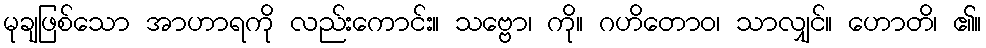
မုချဖြစ်သော အာဟာရကို လည်းကောင်း။ သဗ္ဗော၊ ကို။ ဂဟိတောဝ၊ သာလျှင်။ ဟောတိ၊ ၏။